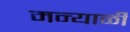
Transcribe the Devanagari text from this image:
मन्याळी